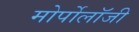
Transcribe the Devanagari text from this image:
मोर्पोलॉजी